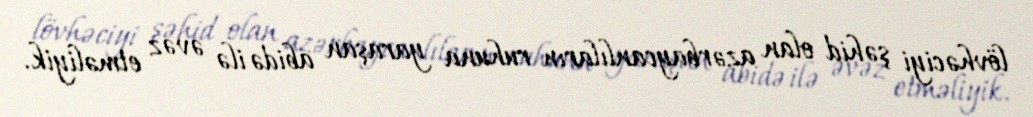
lövhəciyi şəhid olan azərbaycanlıların ruhuna yaraşan abidə ilə əvəz etməliyik.